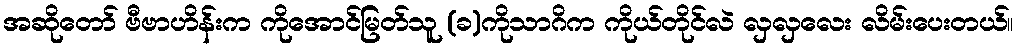
အဆိုတော် ဗီဗာဟိန်းက ကိုအောင်မြတ်သူ (ခ)ကိုသာဂိက ကိုယ်တိုင်လဲ လှလှလေး လိမ်းပေးတယ်၊၊